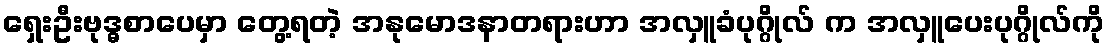
ရှေးဦးဗုဒ္ဓစာပေမှာ တွေ့ရတဲ့ အနုမောဒနာတရားဟာ အလှူခံပုဂ္ဂိုလ် က အလှူပေးပုဂ္ဂိုလ်ကို